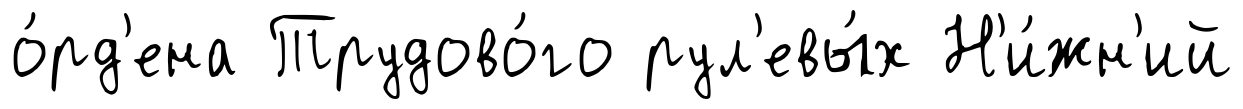
о́рд'ена Трудово́го рул'евы́х Н'и́жн'ий